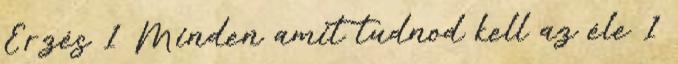
Érzés 1 Minden amit tudnod kell az éle 1